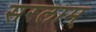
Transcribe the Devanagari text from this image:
सरलाम्